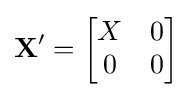
\mathbf {X'} ={\begin{bmatrix}X&0\\0&0\\\end{bmatrix}}